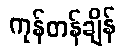
ကုန်တန်ချိန်